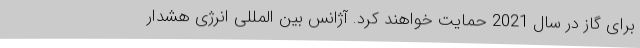
برای گاز در سال 2021 حمایت خواهند کرد. آژانس بین المللی انرژی هشدار